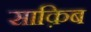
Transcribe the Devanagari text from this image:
साक़िब